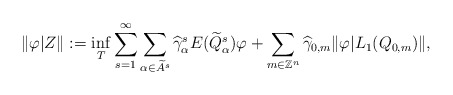
\begin{align*}\|\varphi|Z\|:=\inf\limits_{T}\sum\limits_{s=1}^{\infty}\sum\limits_{\alpha \in \widetilde{A}^{s}}\widehat{\gamma}^{s}_{\alpha}E(\widetilde{Q}^{s}_{\alpha})\varphi + \sum\limits_{m \in \mathbb{Z}^{n}}\widehat{\gamma}_{0,m}\|\varphi|L_{1}(Q_{0,m})\|,\end{align*}